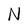
Character: N